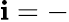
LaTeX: \mathbf{i}=-